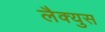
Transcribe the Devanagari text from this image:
लैक्युस